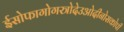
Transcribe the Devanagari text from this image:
ईसोफागोगस्त्रोदेउओदीनोसकोपी